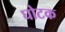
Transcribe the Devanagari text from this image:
घोटक